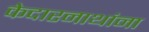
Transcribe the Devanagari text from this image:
केदारनाथांना